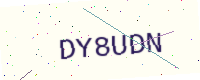
Text: DY8UDN